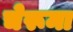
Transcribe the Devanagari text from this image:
चेरूमा